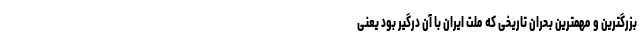
بزرگترین و مهمترین بحران تاریخی که ملت ایران با آن درگیر بود یعنی